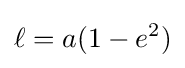
\ell =a(1-e^{2})